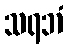
သရဘံ